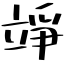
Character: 竫